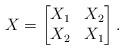
LaTeX: \begin{align*}X = \begin{bmatrix} X_1 & X_2\\X_2 & X_1\end{bmatrix}.\end{align*}